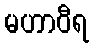
မဟာဝီရ